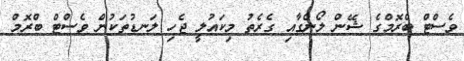
ވެސްޓް ބްރޮމްގެ ޝޭން ލޯންގާއި ގެރެތު މިކައުލީ ޖެހި ލަނޑުތަކުން ވެސްޓް ބްރޮމް